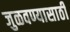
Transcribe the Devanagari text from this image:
जुळवण्यासाठी